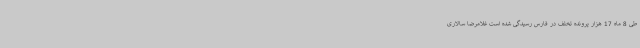
طی 8 ماه 17 هزار پرونده تخلف در فارس رسیدگی شده است غلامرضا سالاری